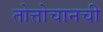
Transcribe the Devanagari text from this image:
तोत्तोचानची